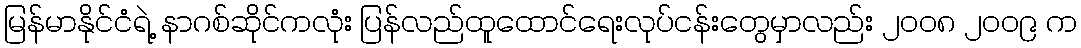
မြန်မာနိုင်ငံရဲ့ နာဂစ်ဆိုင်ကလုံး ပြန်လည်ထူထောင်ရေးလုပ်ငန်းတွေမှာလည်း ၂၀၀၈ ၂၀၀၉ က